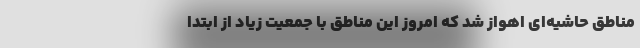
مناطق حاشیه‌ای اهواز شد که امروز این مناطق با جمعیت زیاد از ابتدا